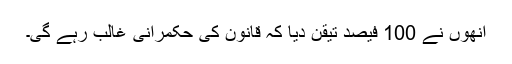
اُنھوں نے 100 فیصد تیقن دیا کہ قانون کی حکمرانی غالب رہے گی۔